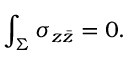
\int _ { \Sigma } \sigma _ { z \bar { z } } = 0 .